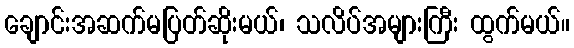
ချောင်းအဆက်မပြတ်ဆိုးမယ်၊ သလိပ်အများကြီး ထွက်မယ်။